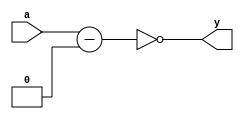
module test04(a, y);
  input a;
  output [1:0] y;
  assign y = ~(a - 1'b0);
endmodule